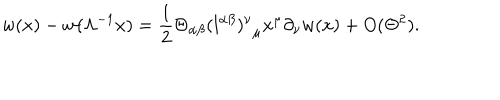
w ( x ) - w ( \Lambda ^ { - 1 } x ) = \frac { 1 } { 2 } \Theta _ { \alpha \beta } { ( l ^ { \alpha \beta } ) ^ { \nu } } _ { \mu } x ^ { \mu } \partial _ { \nu } w ( x ) + O ( \Theta ^ { 2 } ) .